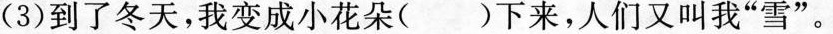
(3)到了冬天，我变成小花朵()下来，人们又叫我”雪“